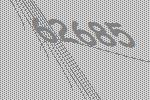
62685